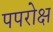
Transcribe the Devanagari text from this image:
पपरोक्ष